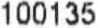
100135